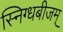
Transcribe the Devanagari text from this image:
स्निग्धबीजम्